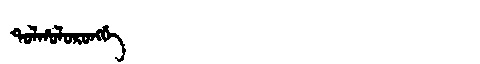
Manchu: ᡨᠣᠯᡥᠣᠯᠣᡵᠣᠩᡤᡝ
Romanization: TOLHOLORONGGE